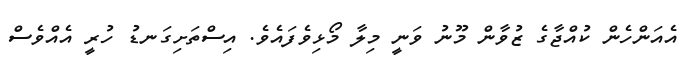
އެއަންހެން ކުއްޖާގެ ޒުވާން މޫނު ވަނީ މިލާ މޯޅިވެފައެވެ. އިސްތަށިގަނޑު ހުރީ އެއްވެސް